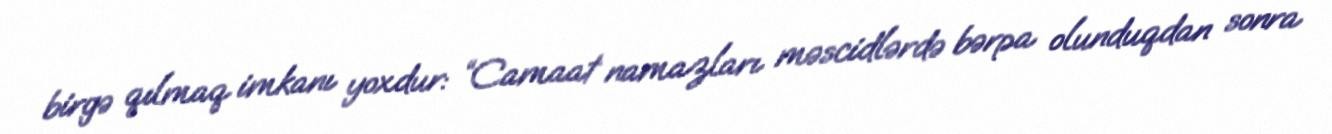
birgə qılmaq imkanı yoxdur: “Camaat namazları məscidlərdə bərpa olunduqdan sonra